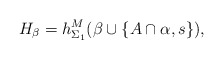
\begin{align*}H_\beta = h^M_{\Sigma_1}(\beta\cup\{ A\cap\alpha, s\}),\end{align*}